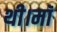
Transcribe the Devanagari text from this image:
थी।माॅ